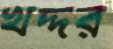
খদ্দর